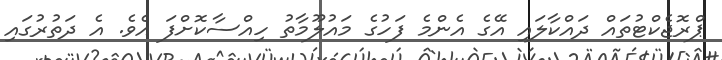
ޕްރޮޖެކްޓުތައް ދައްކާލައި އޭގެ އެންމެ ފަހުގެ މައުލޫމާތު ހިއްސާކޮށްފަ އެވެ. އެ ދަތުރުގައި